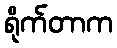
ရိုက်တာက